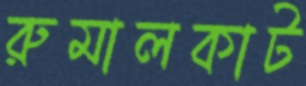
রুমালকাট